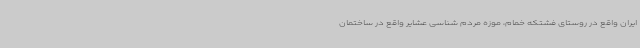
ایران واقع در روستای فشتکه خمام، موزه مردم شناسی عشایر واقع در ساختمان